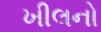
ખીલનો